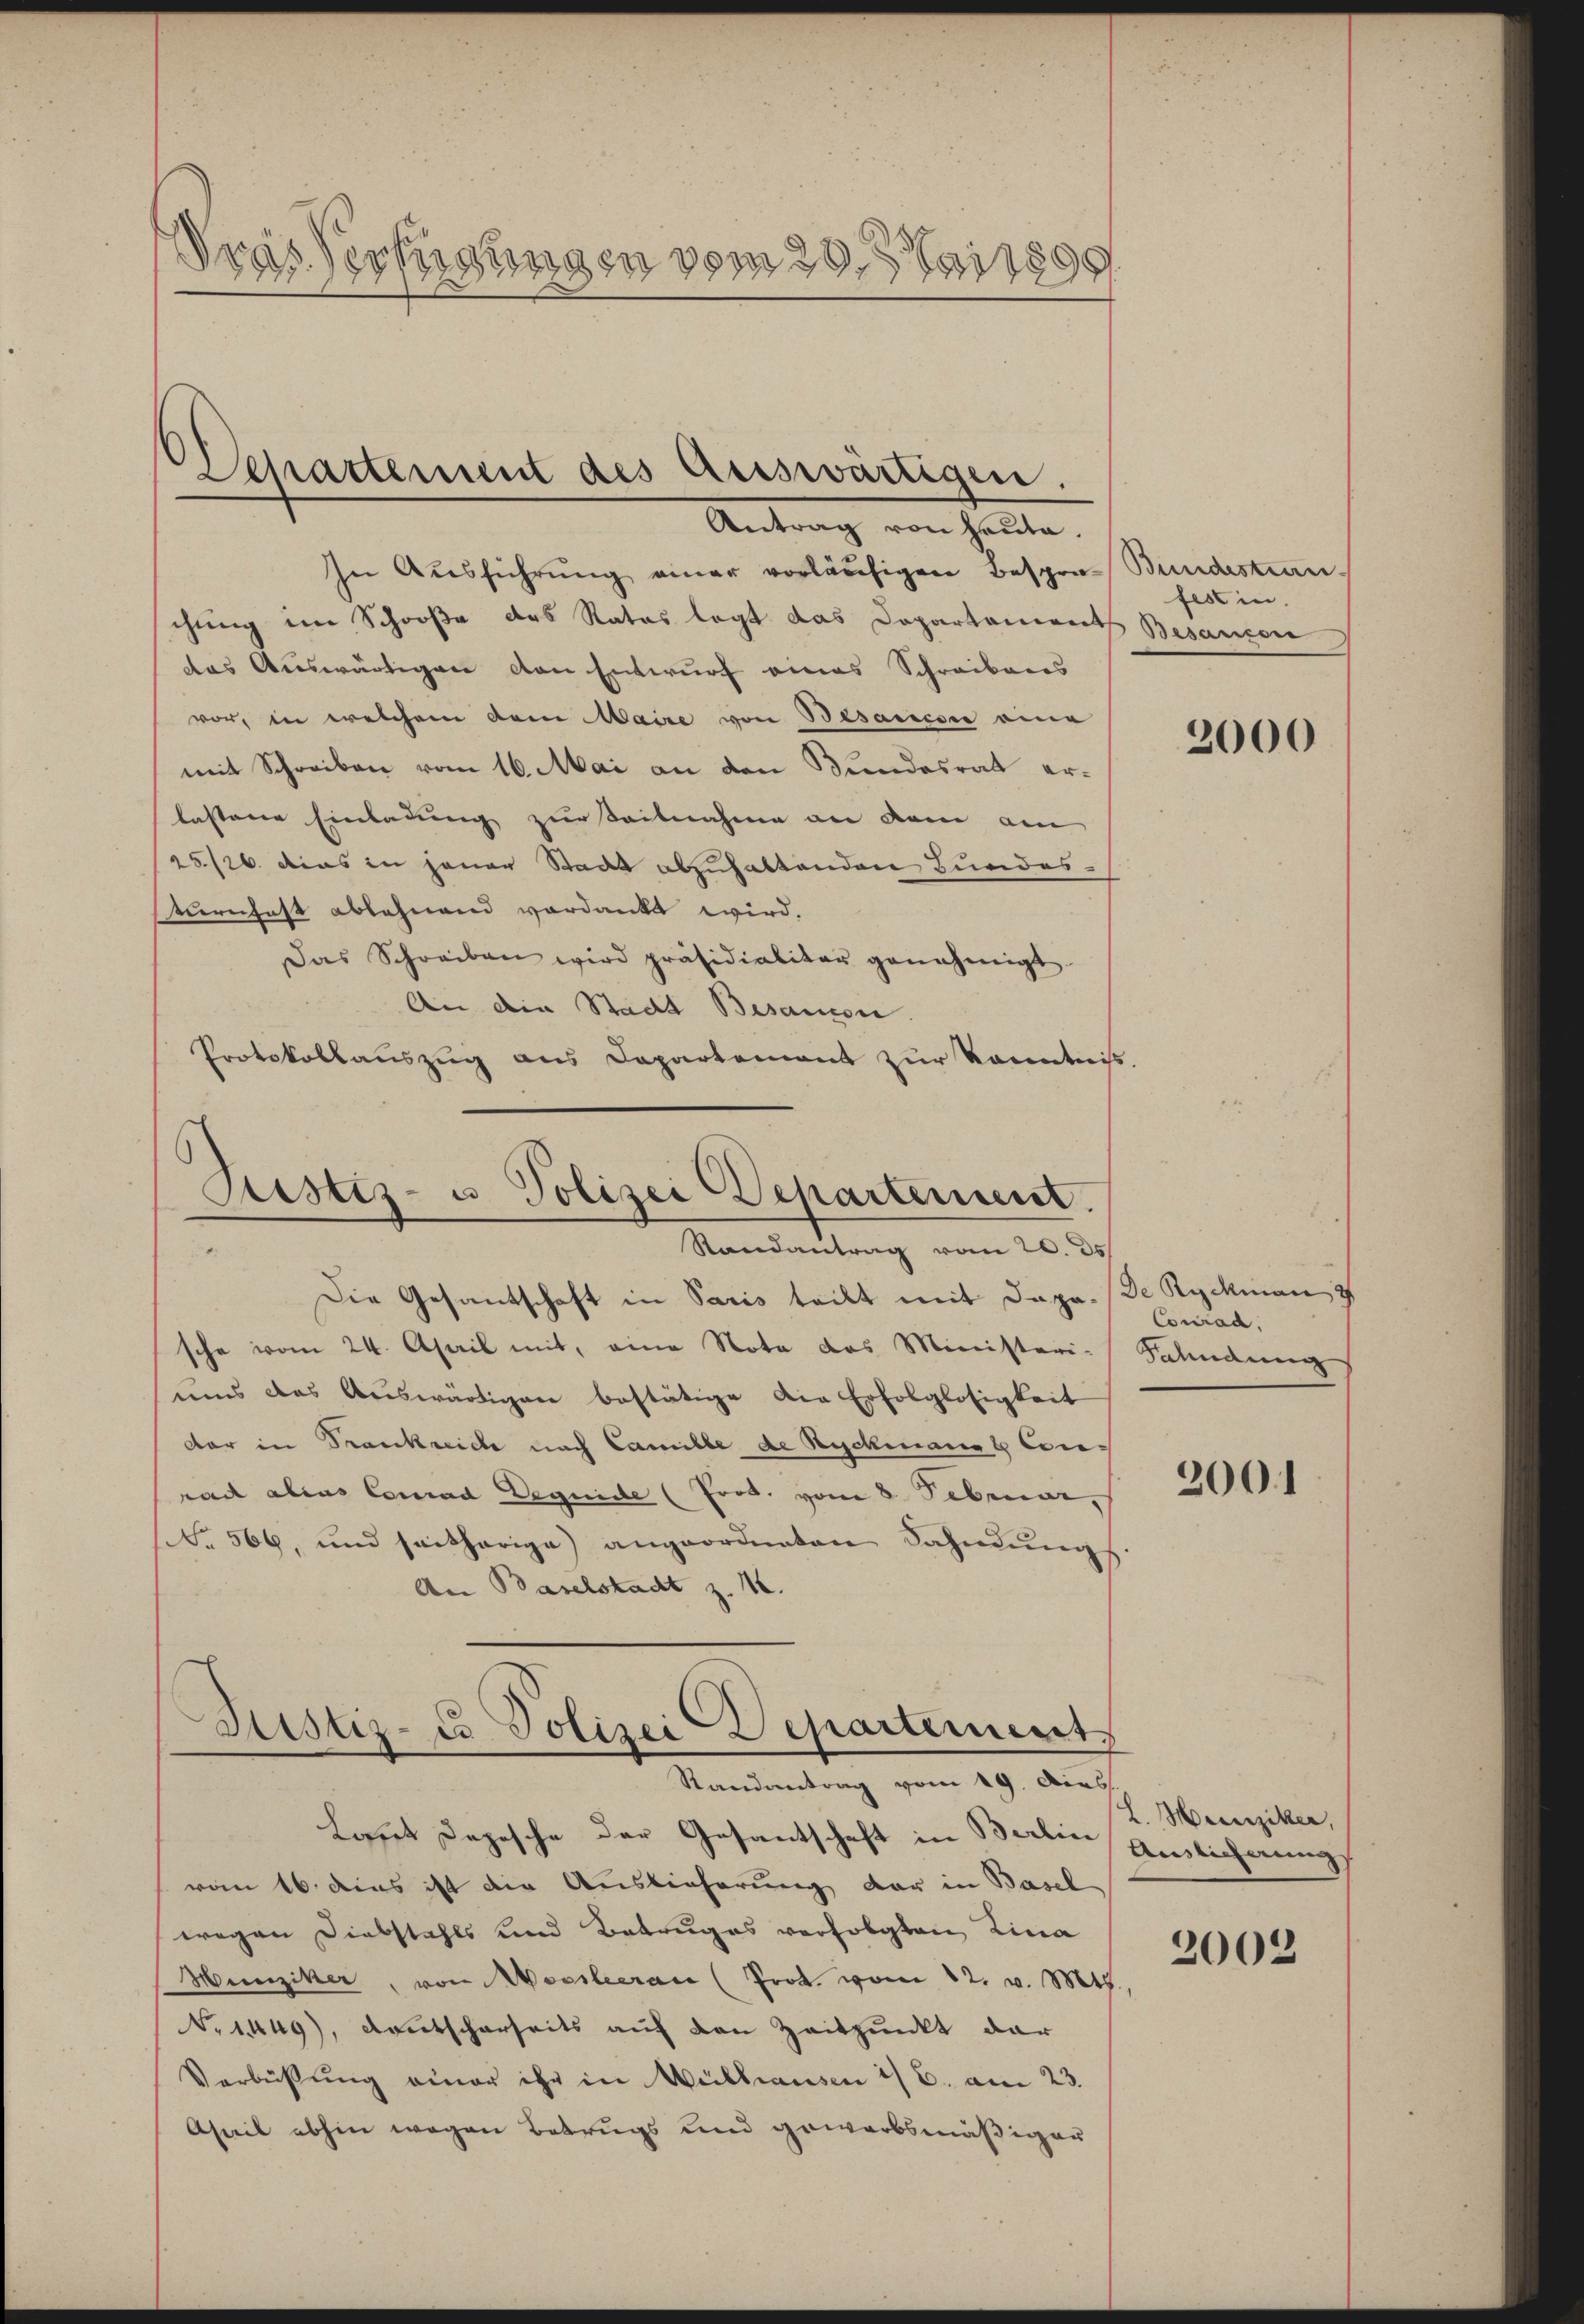
Dras Verfügungen vom 20. Mai 1899

In Aŭsführŭng einer vorläŭfigen Besprä- Bundestan-
chung im Schooße des Rates legt das Departoniert Besancen
das Auswärtigen von Entwurf eines Schreibens
vor, in welchem dem Maire von Besanesie eine
mit Schreiben vom 16. Mai an den Bundesrat erlassene Einladung zur Teilnahme an dem am
25/26. dies in jener Stadt abzuhaltenden Bundesturnfest ablehnend verdankt wird.
Das Schreiben wird präsidialitär genehmigt.
An die Stadt Besauce.
Protokollauszug aus Departement zur Kenntniß

Schattement des Auswärtigen.
Antrag von heute.

Justiz- u. Polizei Departement.
Randantrag vom 20. ds.

Randantrag vom 19. Dies

Lasset Depesche der Gesantschaft in Berlin
vom 16. dies ist die Auslieferung der in Basel
wegen Diebstahls und Betruges verfolgten Lina
Hunziker, von Worsleeran (Prok. vom 12. v. Mts.
o 1449), Deutscharseits auf den Zeitpunkt dar
Verbüßung einer ihr in Mülhausen is 6. am 23.
Ahail abhin wegen Betrugs und gewarbsmäßiger

Die Gesandschaft in Paris teilt mit Dapa
sche vom 24. April mit, eine Nota das Ministeri-
ums das Auswärtigen bestätige die Erfolglosigkeit
dar in Frankreich nach Camille de Ryckmann gleirac alias Conrad Degnide (Prot. vom 8. Sebruar,
N. 569, und seitherige angeordneten Sahnŭngs.
An Baselstadt z. 1.
Justiz- u Polizei Departement

festin.

2000

De Ryckmann
Conrad.
Fahndung

2001

L. Heinziker,
Anslicherung

2002